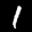
Label: 1